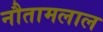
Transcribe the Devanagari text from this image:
नौतामलाल